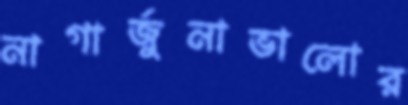
নাগার্জুনাভালোর